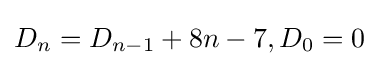
D_{n}=D_{n-1}+8n-7,D_{0}=0